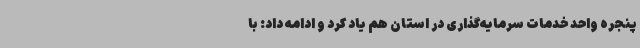
پنجره واحد خدمات سرمایه‌گذاری در استان هم یاد کرد و ادامه داد: با